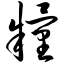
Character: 粮